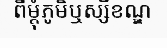
ពីម្តុំភូមិឬស្សីខណ្ឌ